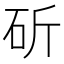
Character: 斫